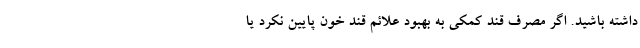
داشته باشید. اگر مصرف قند کمکی به بهبود علائم قند خون پایین نکرد یا